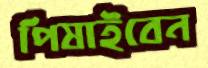
পিষাইবেন